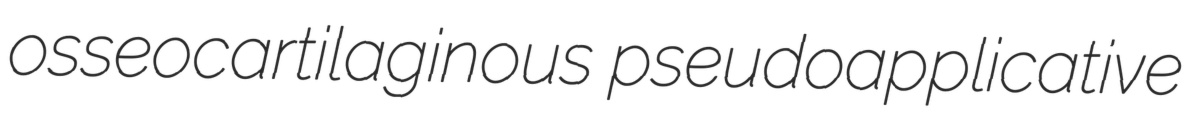
osseocartilaginous pseudoapplicative